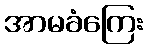
အာမခံကြေး